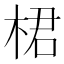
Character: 桾